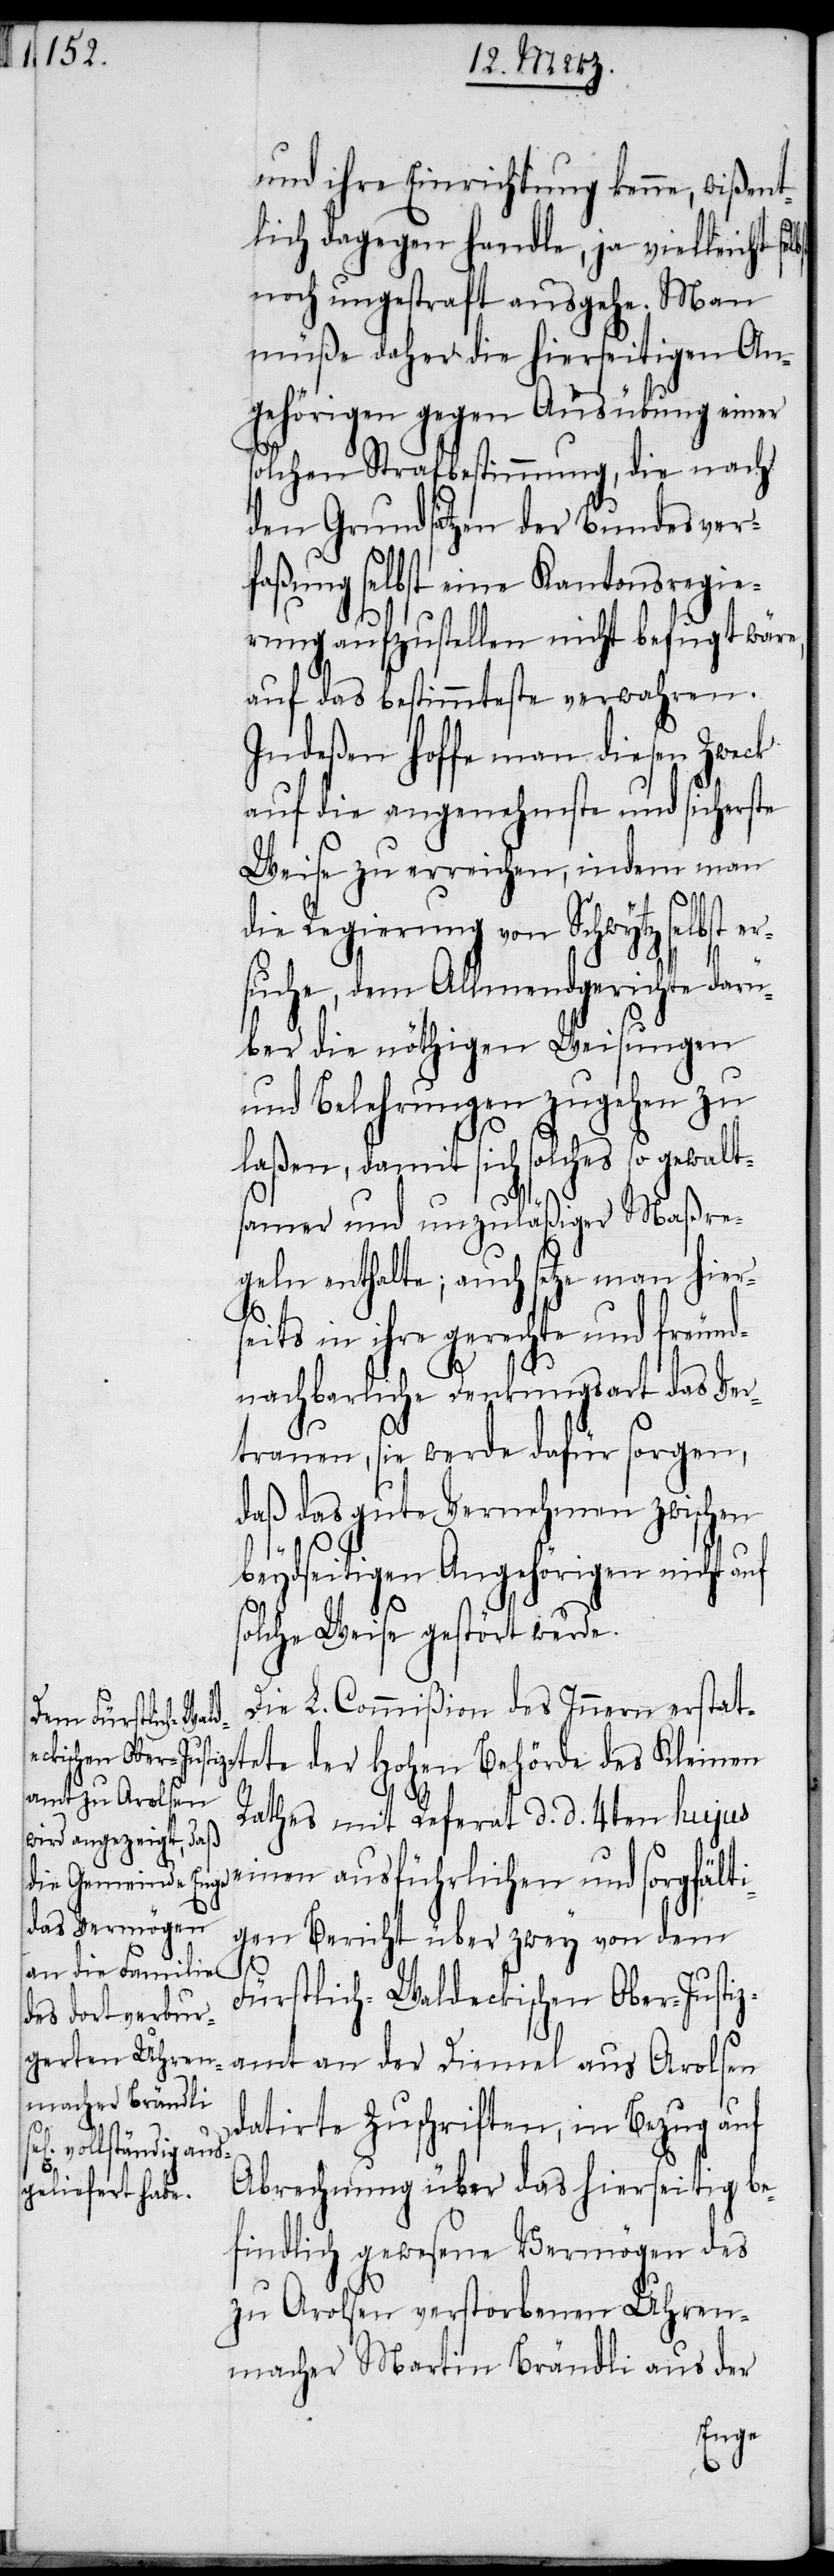
und ihre Einrichtung kenne, wißent¬
lich dagegen handle, ja vielleicht se¬
noch ungestraft ausgehe. Man
müße daher die hierseitigen An¬
gehörigen gegen Ausübung einer
solchen Strafbestimmung, die nach
den Grundsätzen der Bundesver¬
faßung selbst eine Kantonsregie¬
rung aufzustellen nicht befugt wäre,
auf das bestimmteste verwahren.
Indeßen hoffe man diesen Zweck
auf die angenehmste und sicherste
Weise zu erreichen, indem man
die Regierung von Schwytz selbst er¬
suche, dem Allmendgerichte darü¬
ber die nöthigen Weisungen
und Belehrungen zugehen zu
laßen, damit sich solches so gewalt¬
samer und unzuläßiger Maßre¬
geln enthalte; auch setze man hiers¬
eits in ihre gerechte und freund¬
nachbarliche Denkungsart das Ver¬
trauen, sie werde dafür sorgen,
daß das gute Vernehmen zwischen
s¬
beydseitigen Angehörigen nicht auf
olche Weise gestört werde.
Die L. Commißion des Innern erstatt¬
ete der Hohen Behörde des Kleinen
Rathes mit Referat d. d. 4ten hujus
einen ausführlichen und sorgfälti¬
gen Bericht über zwey von dem
lbst
Fürstlich-Waldeckischen Ober-Justiz¬
amt an der Diemel aus Arolsen
datirte Zuschriften, in Bezug auf
Abrechnung über das hierseitig be¬
findlich gewesene Vermögen des
zu Arolsen verstorbenen Uhren¬
macher Martin Brändli aus der